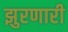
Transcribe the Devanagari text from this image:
झुरणारी